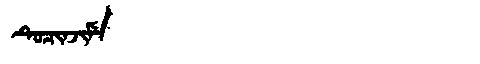
Manchu: ᡨᡠᠴᡳᠨᠵᡳᠮᡝ
Romanization: TUCINJIME